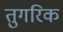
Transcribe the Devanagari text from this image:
तुगरिक